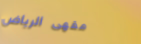
مقهى الرياض